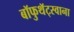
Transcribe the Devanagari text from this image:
बॉफुथॅट्स्वाना